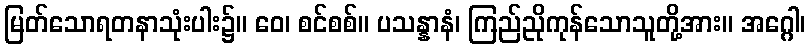
မြတ်သောရတနာသုံးပါး၌။ ဝေ၊ စင်စစ်။ ပသန္နာနံ၊ ကြည်ညိုကုန်သောသူတို့အား။ အဂ္ဂေါ၊